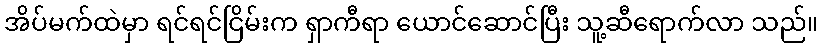
အိပ်မက်ထဲမှာ ရင်ရင်ငြိမ်းက ရှာကီရာ ယောင်ဆောင်ပြီး သူ့ဆီရောက်လာ သည်။